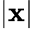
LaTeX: |\mathbf{x}|